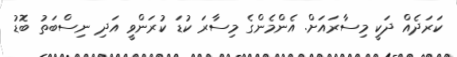
ކަރަދެއް ދަކީ މިސާރައަށް. އެންމެންގެ މިސާރަ ކުޑަ ކުރަންވީ އަދި ނިސްބަތު ބޮޑު